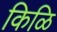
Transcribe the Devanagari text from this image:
किळि